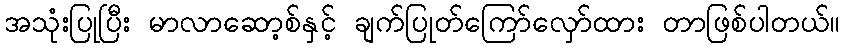
အသုံးပြုပြီး မာလာဆော့စ်နှင့် ချက်ပြုတ်ကြော်လှော်ထား တာဖြစ်ပါတယ်။